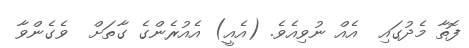
ފޮތާ މެދުގައި  އެއް ނުވިއެވެ. (އެއީ) އެއުރެންގެ ގާތަށް  ވެގެންވާ